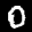
Label: 0